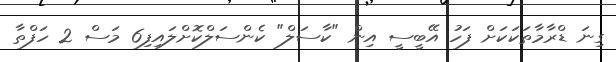
ގިނަ ޑްރާމާތަކަކަށް ފަހު އޭބީސީ އިން "ކާސަލް" ކެންސަލްކޮށްލައިފި6 މަސް 2 ހަފްތާ